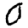
Digit: 0